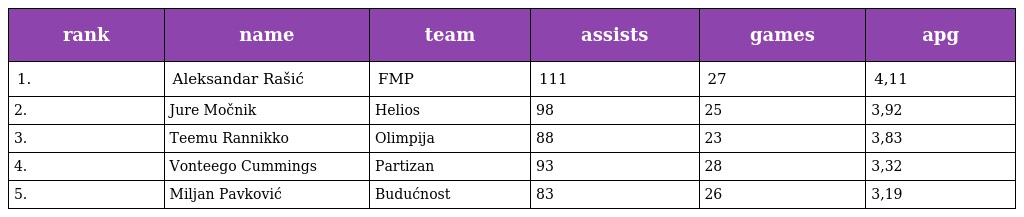
| rank | name | team | assists | games | apg |
 | --- | --- | --- | --- | --- | --- |
 | 1. | Aleksandar Rašić | FMP | 111 | 27 | 4,11 |
 | 2. | Jure Močnik | Helios | 98 | 25 | 3,92 |
 | 3. | Teemu Rannikko | Olimpija | 88 | 23 | 3,83 |
 | 4. | Vonteego Cummings | Partizan | 93 | 28 | 3,32 |
 | 5. | Miljan Pavković | Budućnost | 83 | 26 | 3,19 |